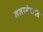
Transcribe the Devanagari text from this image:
ललामेवाति